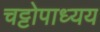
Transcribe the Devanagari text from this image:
चट्टोपाध्यय